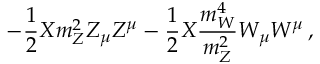
- \frac { 1 } { 2 } X m _ { Z } ^ { 2 } Z _ { \mu } Z ^ { \mu } - \frac { 1 } { 2 } X \frac { m _ { W } ^ { 4 } } { m _ { Z } ^ { 2 } } W _ { \mu } W ^ { \mu } \, ,